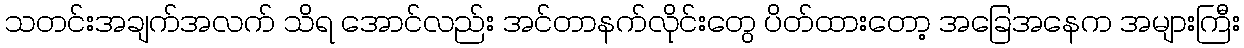
သတင်းအချက်အလက် သိရ အောင်လည်း အင်တာနက်လိုင်းတွေ ပိတ်ထားတော့ အခြေအနေက အများကြီး